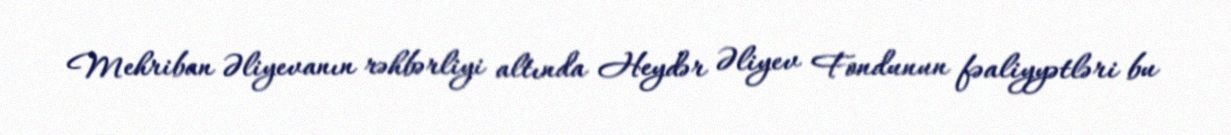
Mehriban Əliyevanın rəhbərliyi altında Heydər Əliyev Fondunun fəaliyyətləri bu